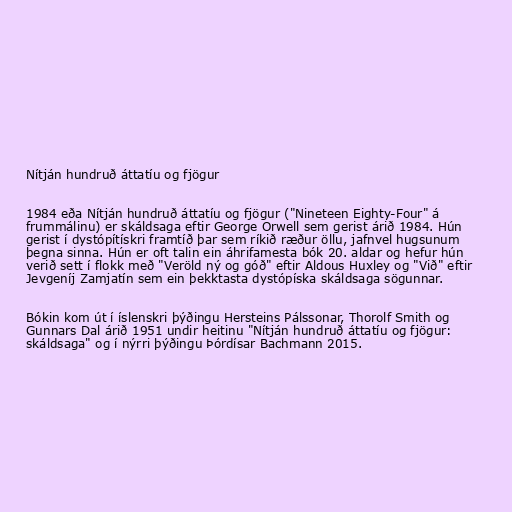
Nítján hundruð áttatíu og fjögur

1984 eða Nítján hundruð áttatíu og fjögur ("Nineteen Eighty-Four" á
frummálinu) er skáldsaga eftir George Orwell sem gerist árið 1984. Hún
gerist í dystópítískri framtíð þar sem ríkið ræður öllu, jafnvel hugsunum
þegna sinna. Hún er oft talin ein áhrifamesta bók 20. aldar og hefur hún
verið sett í flokk með "Veröld ný og góð" eftir Aldous Huxley og "Við" eftir
Jevgeníj Zamjatín sem ein þekktasta dystópíska skáldsaga sögunnar.

Bókin kom út í íslenskri þýðingu Hersteins Pálssonar, Thorolf Smith og
Gunnars Dal árið 1951 undir heitinu "Nítján hundruð áttatíu og fjögur:
skáldsaga" og í nýrri þýðingu Þórdísar Bachmann 2015.